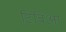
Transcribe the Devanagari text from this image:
टिबिआ